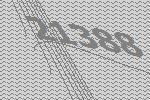
21388